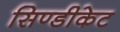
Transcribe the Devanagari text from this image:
सिण्डीकेट